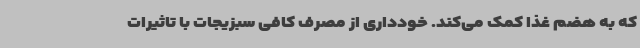
که به هضم غذا کمک می‌کند. خودداری از مصرف کافی سبزیجات با تاثیرات